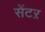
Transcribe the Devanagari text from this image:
सेंटऱ